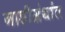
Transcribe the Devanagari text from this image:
नाडीग्रंथांत